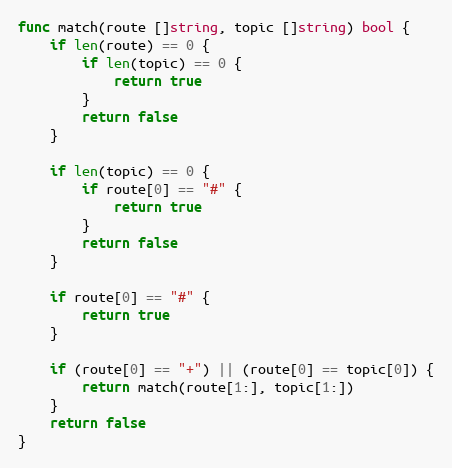
Language: Go
func match(route []string, topic []string) bool {
	if len(route) == 0 {
		if len(topic) == 0 {
			return true
		}
		return false
	}

	if len(topic) == 0 {
		if route[0] == "#" {
			return true
		}
		return false
	}

	if route[0] == "#" {
		return true
	}

	if (route[0] == "+") || (route[0] == topic[0]) {
		return match(route[1:], topic[1:])
	}
	return false
}